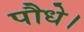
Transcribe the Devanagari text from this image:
पौधे।